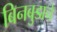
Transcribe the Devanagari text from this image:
बिनबुडाचे